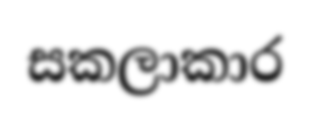
සකලාකාර